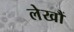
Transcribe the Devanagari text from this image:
लेखौं